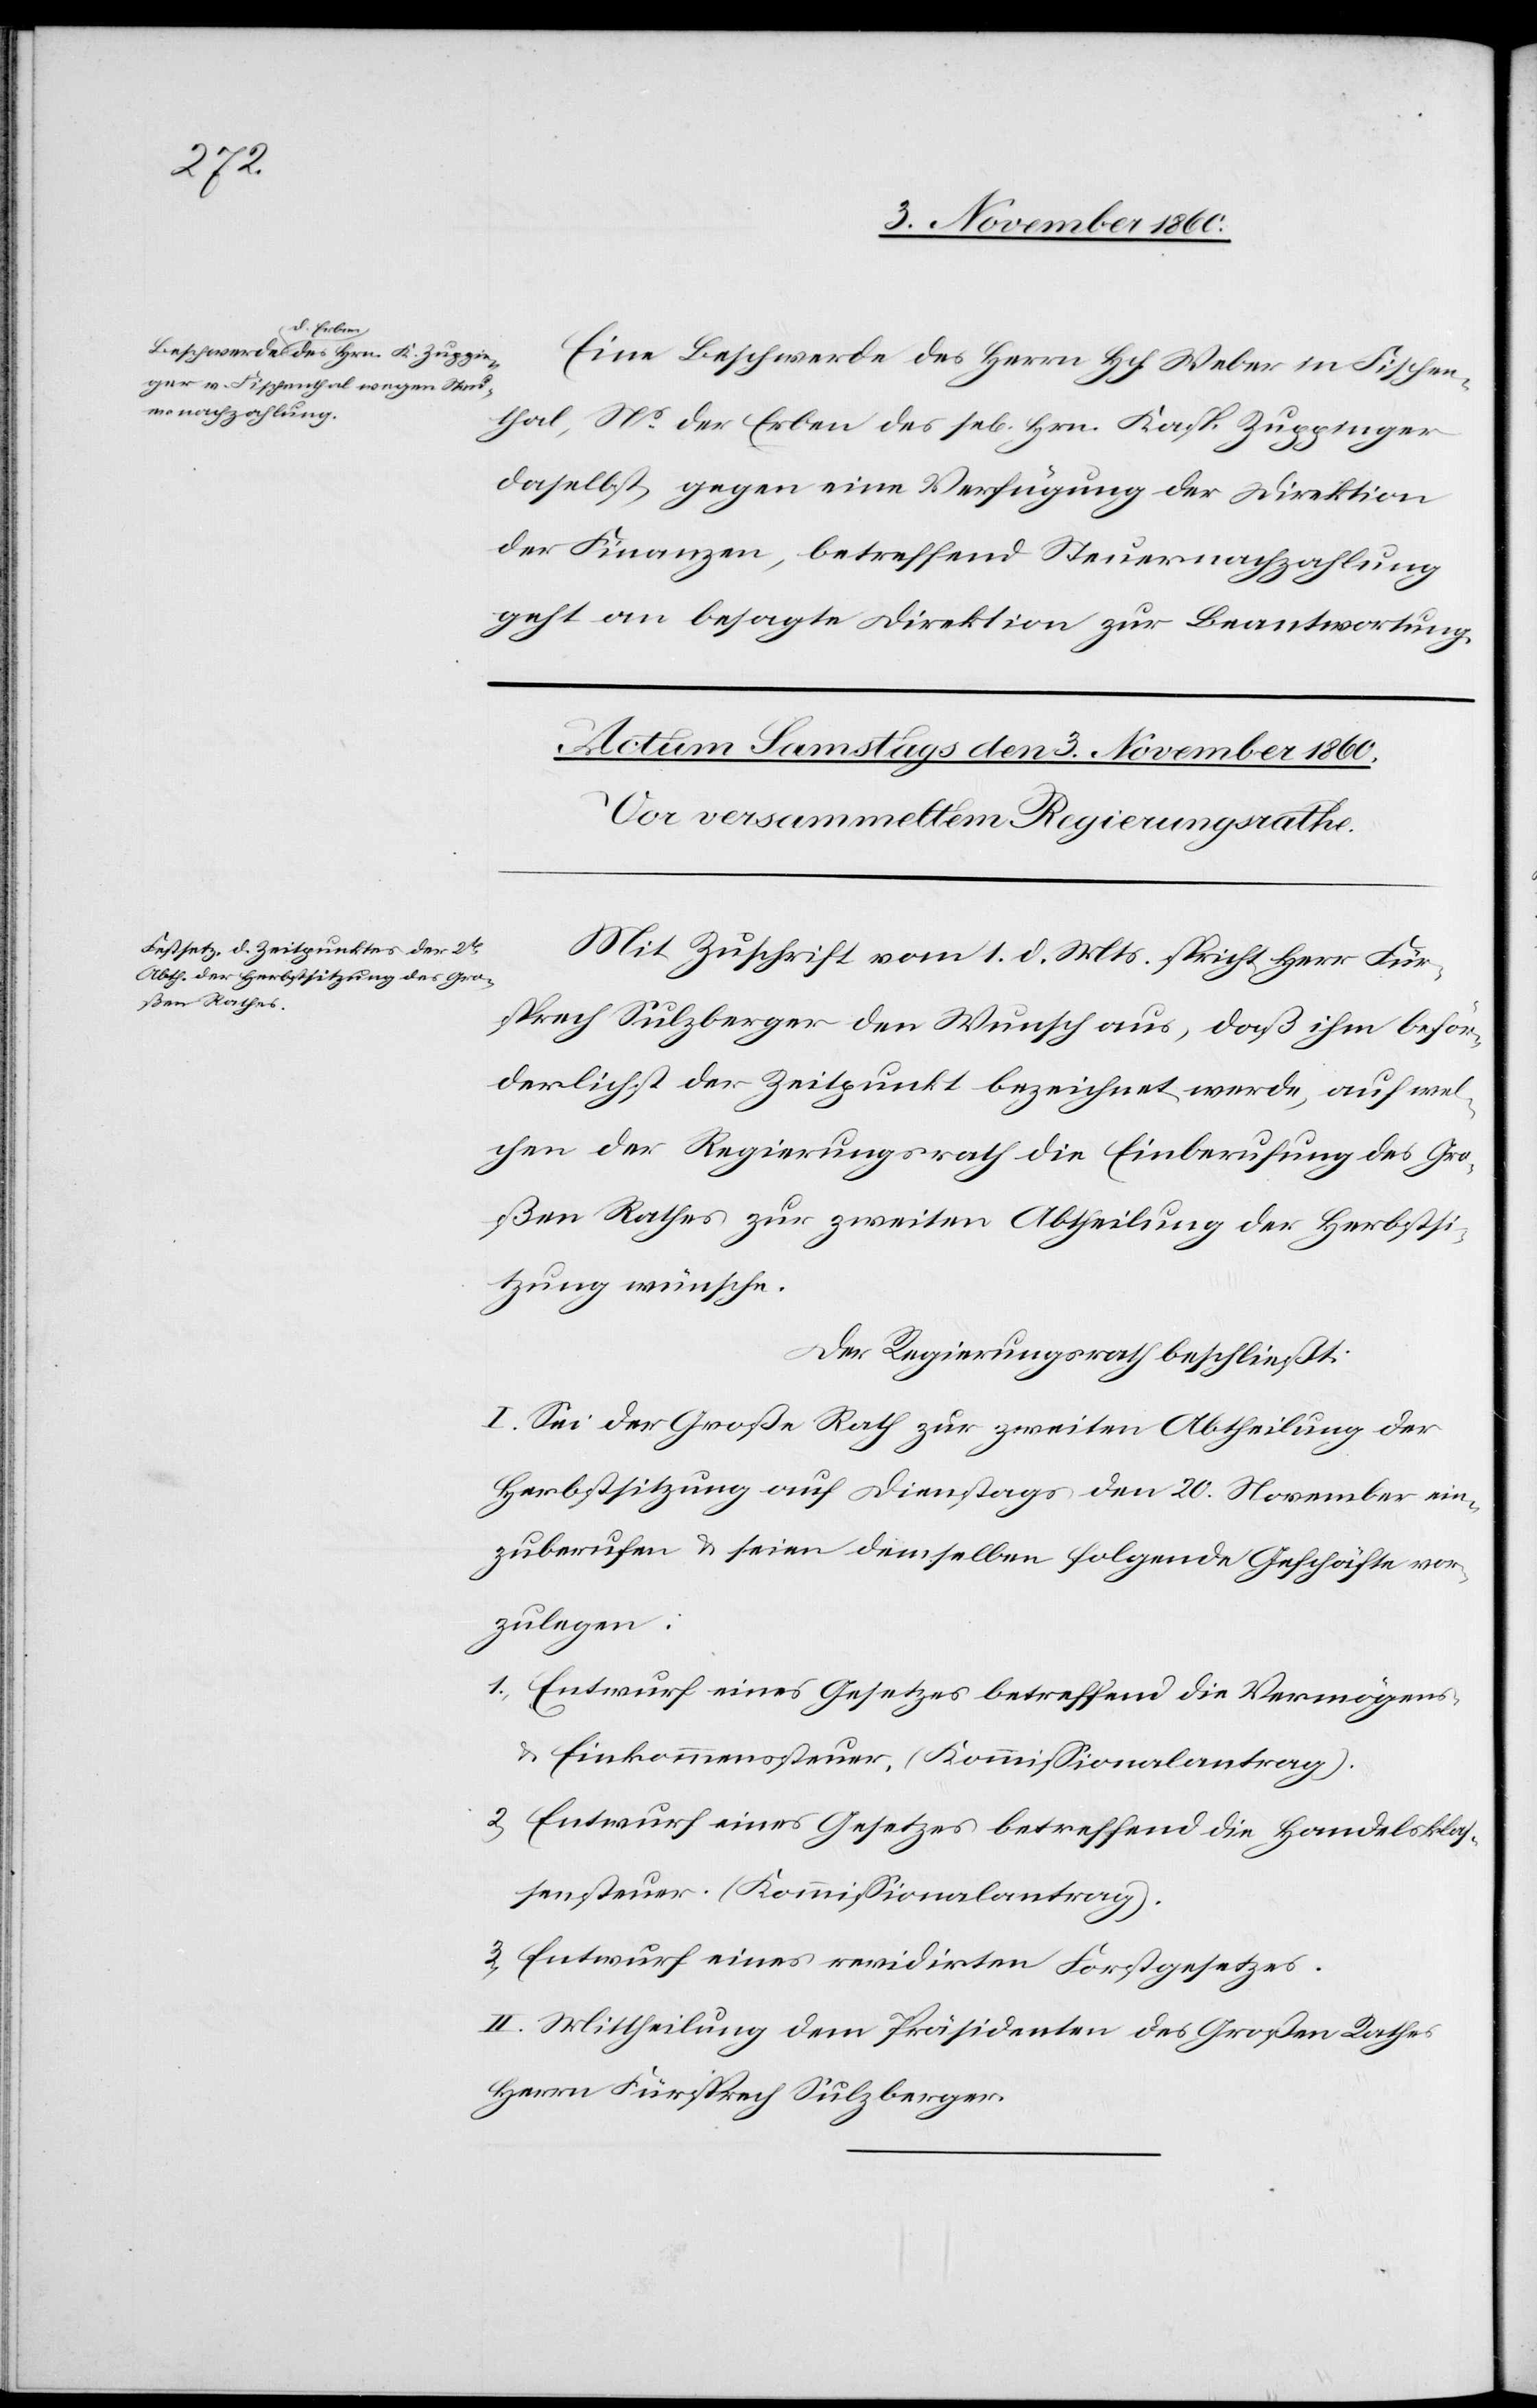
2. November 1860.]
Eine Beschwerde des Herrn Hch. Weber in Fischen¬
thal, Ns der Erben des se[ligen] Hrn. Kasp. Zuppinger
daselbst gegen eine Verfügung der Direktion
der Finanzen, betreffend Steuernachzahlung
geht an besagte Direktion zur Beantwortung.
Mit Zuschrift vom 1. d. Mts. spricht Herr Für¬
sprech Sulzberger den Wunsch aus, daß ihm beför¬
derlichst der Zeitpunkt bezeichnet werde, auf wel¬
chen der Regierungsrath die Einberufung des Gro¬
ßen Rathes zur zweiten Abtheilung der Herbstsi¬
tzung wünsche.
Der Regierungsrath beschließt:
I. Sei der Große Rath zur zweiten Abtheilung der
Herbstsitzung auf Dienstags den 20. November ein¬
zuberufen u. seien demselben folgende Geschäfte vor¬
zulegen.
1. Entwurf eines Gesetzes betreffend die Vermögens-
u. Einkommenssteuer, (Kommissionalantrag).
2. Entwurf eines Gesetzes betreffend die Handelsklas¬
sensteuer. (Kommissionalantrag).
3. Entwurf eines reivdirten Forstgesetzes.
II. Mittheilung dem Präsidenten des Großen Rathes
Herrn Fürsprech Sulzberger.